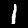
Label: 1